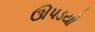
ઊપડયો